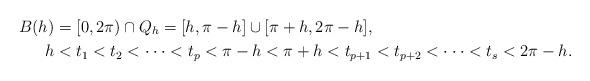
LaTeX: \begin{align*}B(h) & =[0,2\pi)\cap Q_{h}=[h,\pi-h]\cup\lbrack\pi+h,2\pi-h],\\h & <t_{1}<t_{2}<\cdot\cdot\cdot<t_{p}<\pi-h<\pi+h<t_{p+1}<t_{p+2}<\cdot\cdot\cdot<t_{s}<2\pi-h.\end{align*}